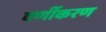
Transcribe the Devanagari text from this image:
वर्णीकरण